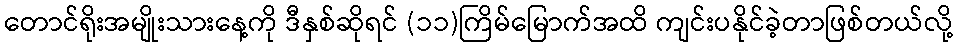
တောင်ရိုးအမျိုးသားနေ့ကို ဒီနှစ်ဆိုရင် (၁၁)ကြိမ်မြောက်အထိ ကျင်းပနိုင်ခဲ့တာဖြစ်တယ်လို့